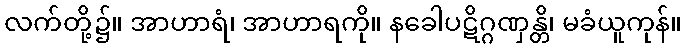
လက်တို့၌။ အာဟာရံ၊ အာဟာရကို။ နခေါပဋိဂ္ဂဏှန္တိ၊ မခံယူကုန်။